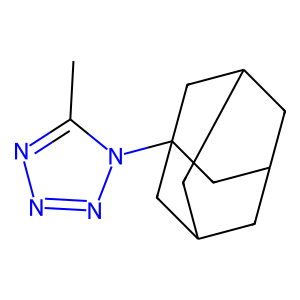
SMILES: Cc1nnnn1C12CC3CC(CC(C3)C1)C2
Inhibits HIV replication: No